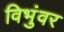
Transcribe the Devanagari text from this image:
विभुंवर